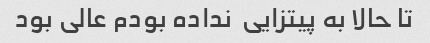
تا حالا به پیتزایی  نداده بودم عالی بود